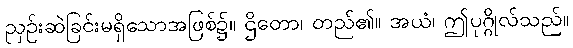
ညှဉ်းဆဲခြင်းမရှိသောအဖြစ်၌။ ဌိတော၊ တည်၏။ အယံ၊ ဤပုဂ္ဂိုလ်သည်။